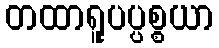
တထာရူပပ္ပစ္စယာ